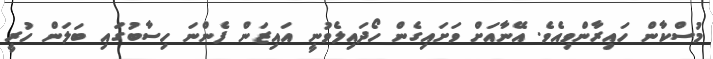
މުސްކާން ހައިރާންވިއެވެ. އޭނާއަށް ވަށައިގެން ހޯދައިލެވުނީ އައިޒަން ފެންނަ ހިސާބުގައި ބަލަން ހުރީ